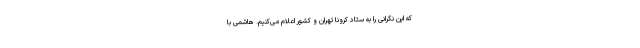
که این نگرانی را به ستاد کرونا تهران و کشور اعلام می‌کنیم. هاشمی با